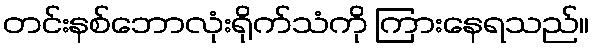
တင်းနစ်ဘောလုံးရိုက်သံကို ကြားနေရသည်။